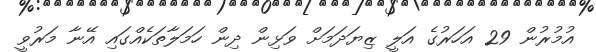
އުމުރުން 29 އަހަރުގެ އަލީ ޒިޔަދަމަށް ވަޅިން ދިން ހަމަލާތަކެއްގައި އޭނާ މަރުވީ